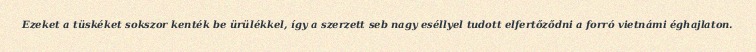
Ezeket a tüskéket sokszor kenték be ürülékkel, így a szerzett seb nagy eséllyel tudott elfertőződni a forró vietnámi éghajlaton.